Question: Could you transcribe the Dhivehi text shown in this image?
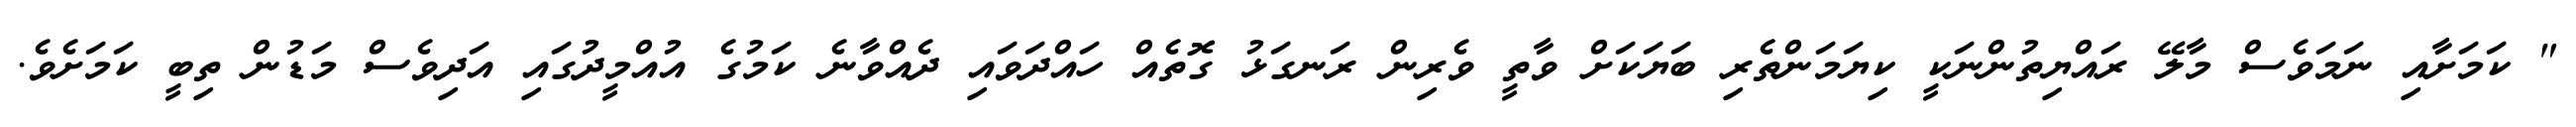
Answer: " ކަމަށާއި ނަމަވެސް މާލޭ ރައްޔިތުންނަކީ ކިޔަމަންތެރި ބަޔަކަށް ވާތީ ވެރިން ރަނގަޅު ގޮތެއް ހައްދަވައި ދެއްވާނެ ކަމުގެ އުއްމީދުގައި އަދިވެސް މަޑުން ތިބީ ކަމަށެވެ.